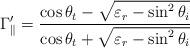
LaTeX: \begin{align*}\Gamma_{\parallel}'= \frac{\cos\theta_{t}-\sqrt{\varepsilon_{r}-\sin^2\theta_{i}}}{\cos\theta_{t}+\sqrt{\varepsilon_{r}-\sin^2\theta_{i}}}\end{align*}